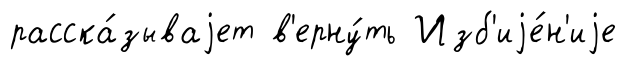
расска́зываjет в'ерну́ть Изб'иjе́н'иjе